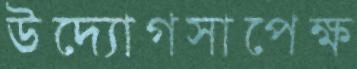
উদ্যোগসাপেক্ষ